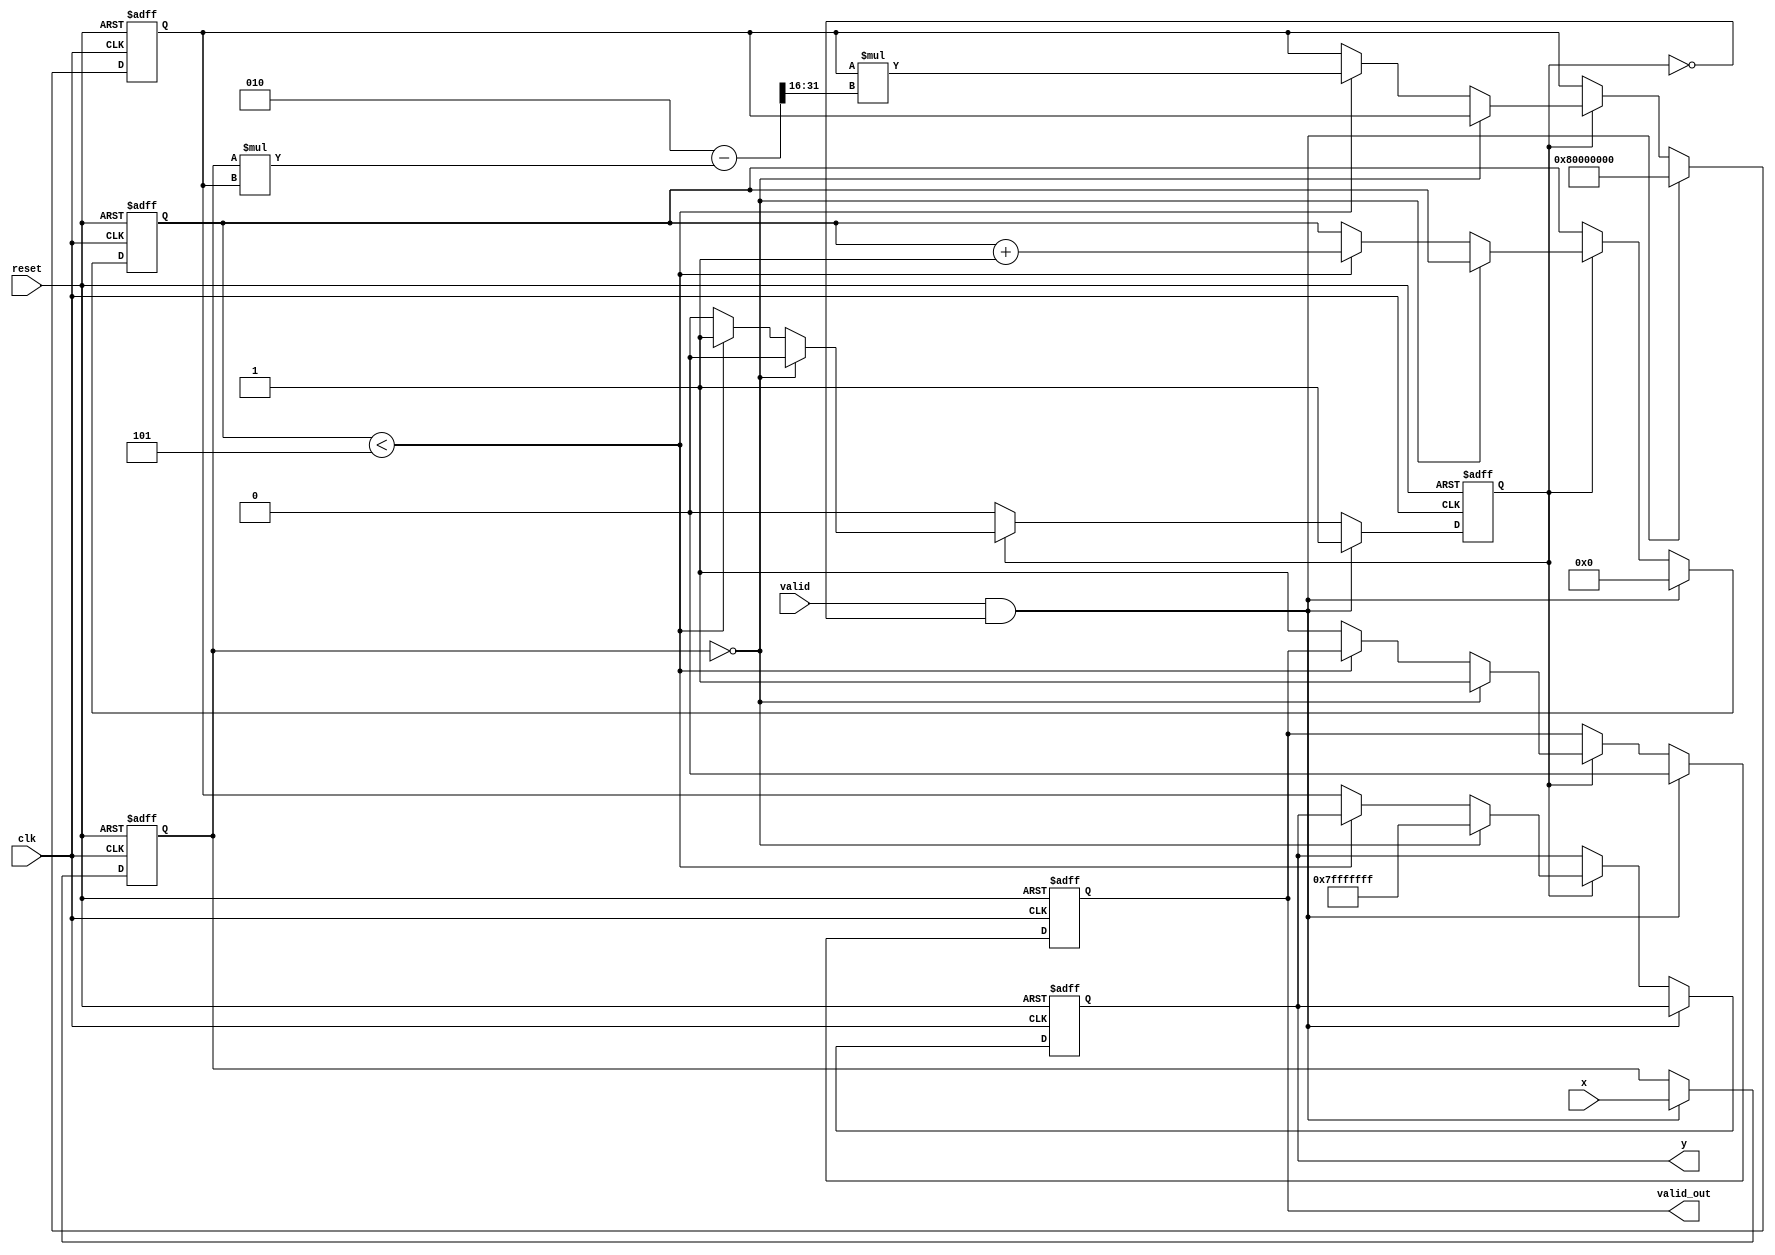
module FixedPointReciprocal #(
    parameter N = 16,  // Input data width
    parameter M = 32   // Output data width
)(
    input wire clk,
    input wire reset,
    input wire valid,
    input wire signed [N-1:0] x,  // Fixed-point input
    output reg valid_out,
    output reg signed [M-1:0] y    // Fixed-point reciprocal output
);

    // Internal signals
    reg signed [N-1:0] input_reg;
    reg signed [M-1:0] approx;
    reg [3:0] iteration; // Number of iterations for Newton-Raphson
    reg calculating;

    // Constants
    localparam MAX_OUTPUT = (1 << (M-1)) - 1; // Maximum value for output
    localparam ZERO_THRESHOLD = 8'h01; // Minimum value to avoid division by zero

    // State machine for control logic
    always @(posedge clk or posedge reset) begin
        if (reset) begin
            valid_out <= 0;
            y <= 0;
            input_reg <= 0;
            approx <= 0;
            iteration <= 0;
            calculating <= 0;
        end else begin
            if (valid && !calculating) begin
                // Store input and start calculation
                input_reg <= x;
                approx <= (1 << (M-1)); // Initial approximation (1.0 in fixed point for M bits)
                iteration <= 0;
                calculating <= 1;
                valid_out <= 0;
            end else if (calculating) begin
                // Check for zero input
                if (input_reg == 0) begin
                    y <= MAX_OUTPUT; // Handle reciprocal of zero
                    valid_out <= 1;
                    calculating <= 0;
                end else if (iteration < 5) begin
                    // Newton-Raphson iteration: approx = approx * (2 - x * approx)
                    approx <= approx * (2 - input_reg * approx >>> (M - N)); // Shift to align fixed-point
                    iteration <= iteration + 1;
                end else begin
                    // Finished calculation
                    y <= approx;
                    valid_out <= 1;
                    calculating <= 0;
                end
            end
        end
    end

endmodule